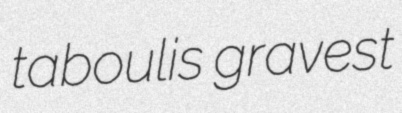
taboulis gravest